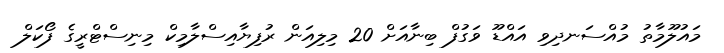
މައުލޫމާތު މުއްސަނދިވި އައްޑޫ ވަގުފް ބިނާއަށް 20 މިލިއަން ރުފިޔާއިސްލާމިކް މިނިސްޓްރީގެ ފޯކަލް